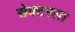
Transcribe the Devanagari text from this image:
सेक्‍टरला